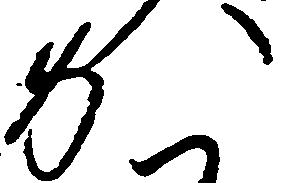
か